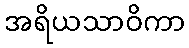
အရိယသာဝိကာ